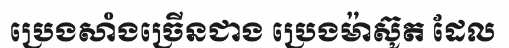
ប្រេងសាំងច្រើនជាង ប្រេងម៉ាស៊ូត ដែល